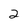
Character: 2